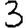
Digit: 3